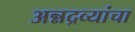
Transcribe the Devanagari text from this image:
अन्नद्रव्यांचा